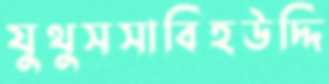
যুথুসসাবিহউদ্দি